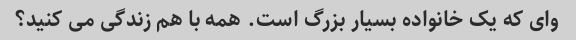
وای که یک خانواده بسیار بزرگ است. همه با هم زندگی می کنید؟